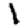
Digit: 1